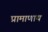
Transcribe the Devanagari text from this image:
प्रामाणाय